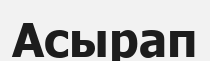
Асырап